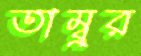
তাম্বুর